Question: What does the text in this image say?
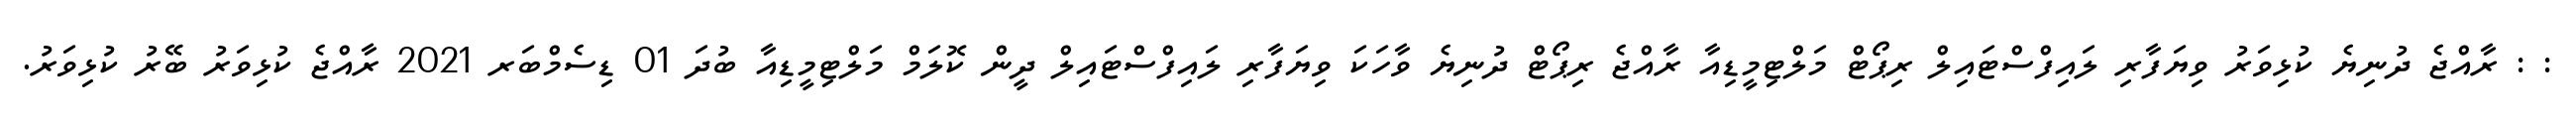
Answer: : : ރާއްޖެ ދުނިޔެ ކުޅިވަރު ވިޔަފާރި ލައިފްސްޓައިލް ރިޕޯޓް މަލްޓިމީޑިއާ ރާއްޖެ ރިޕޯޓް ދުނިޔެ ވާހަކަ ވިޔަފާރި ލައިފްސްޓައިލް ދީން ކޮލަމް މަލްޓިމީޑިއާ ބުދަ 01 ޑިސެމްބަރ 2021 ރާއްޖެ ކުޅިވަރު ބޭރު ކުޅިވަރު.